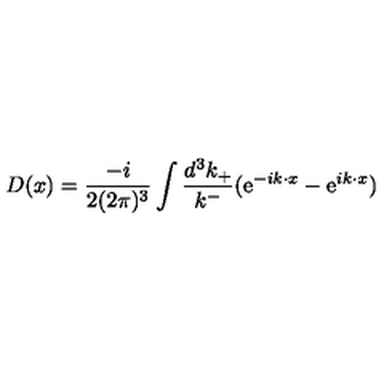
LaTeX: D ( x ) = \frac { - i } { 2 ( 2 { \pi } ) ^ { 3 } } \int \frac { d ^ { 3 } k _ { + } } { k ^ { - } } ( \mathrm { e } ^ { - i k \cdot x } - \mathrm { e } ^ { i k \cdot x } )